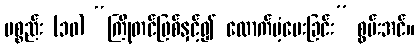
ပစ္စည်း (၁၀) “ကြိုတင်ဖြစ်နှင့်၍ ထောက်ပံ့ပေးခြင်း” စွမ်းအင်။